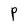
Character: P